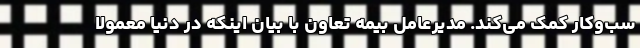
سب‌وکار کمک می‌کند. مدیرعامل بیمه تعاون با بیان اینکه در دنیا معمولاً